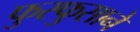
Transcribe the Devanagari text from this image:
फुस्फुसाने